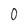
Character: 0